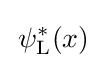
\,\psi _{\text{L}}^{*}(x)